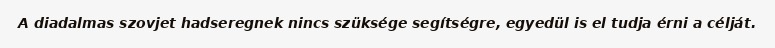
A diadalmas szovjet hadseregnek nincs szüksége segítségre, egyedül is el tudja érni a célját.